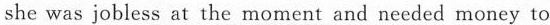
she was jobless at the moment and needed money to